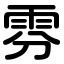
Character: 雰